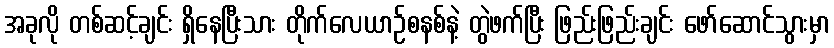
အခုလို တစ်ဆင့်ချင်း ရှိနေပြီးသား တိုက်လေယာဉ်စနစ်နဲ့ တွဲဖက်ပြီး ဖြည်းဖြည်းချင်း ဖော်ဆောင်သွားမှာ